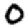
Digit: 0